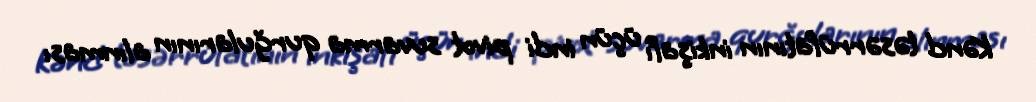
Kənd təsərrüfatının inkişafı üçün indi pivot suvarma qurğularının alınması